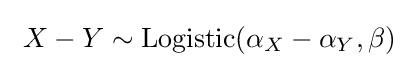
\ X-Y\sim \mathrm {Logistic} (\alpha _{X}-\alpha _{Y},\beta )\